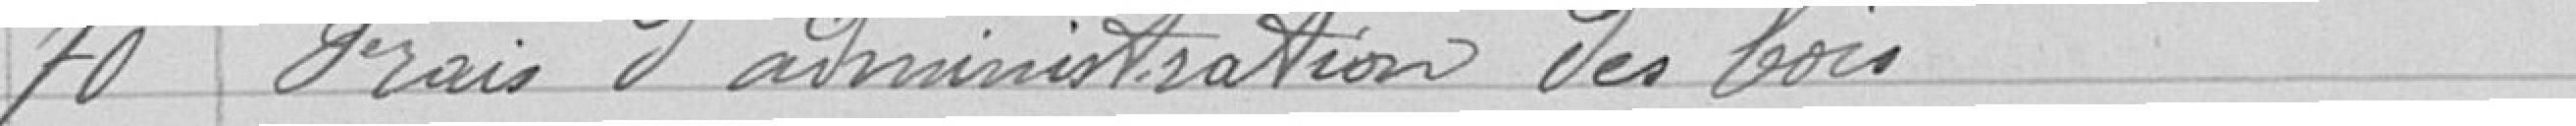
70 Frais d'administration des bois